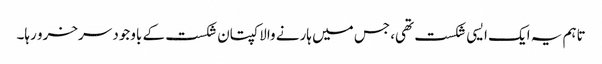
تاہم یہ ایک ایسی شکست تھی، جس میں ہارنے والا کپتان شکست کے باوجود سرخرو رہا۔